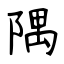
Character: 隅